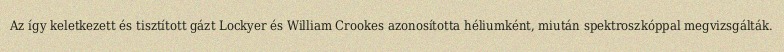
Az így keletkezett és tisztított gázt Lockyer és William Crookes azonosította héliumként, miután spektroszkóppal megvizsgálták.